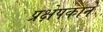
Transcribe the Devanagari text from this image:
प्रक्षेपकाने